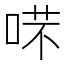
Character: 𠶙